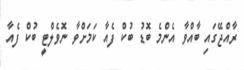
ރާއްޖޭގައި ބާއްވާ އެންމެ ބޮޑު ބުކް ފެއާ ކަމަށްވާ ނޮވެލްޓީ ބުކް ފެއާ